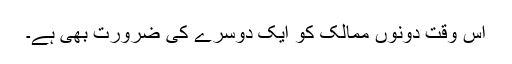
اس وقت دونوں ممالک کو ایک دوسرے کی ضرورت بھی ہے۔